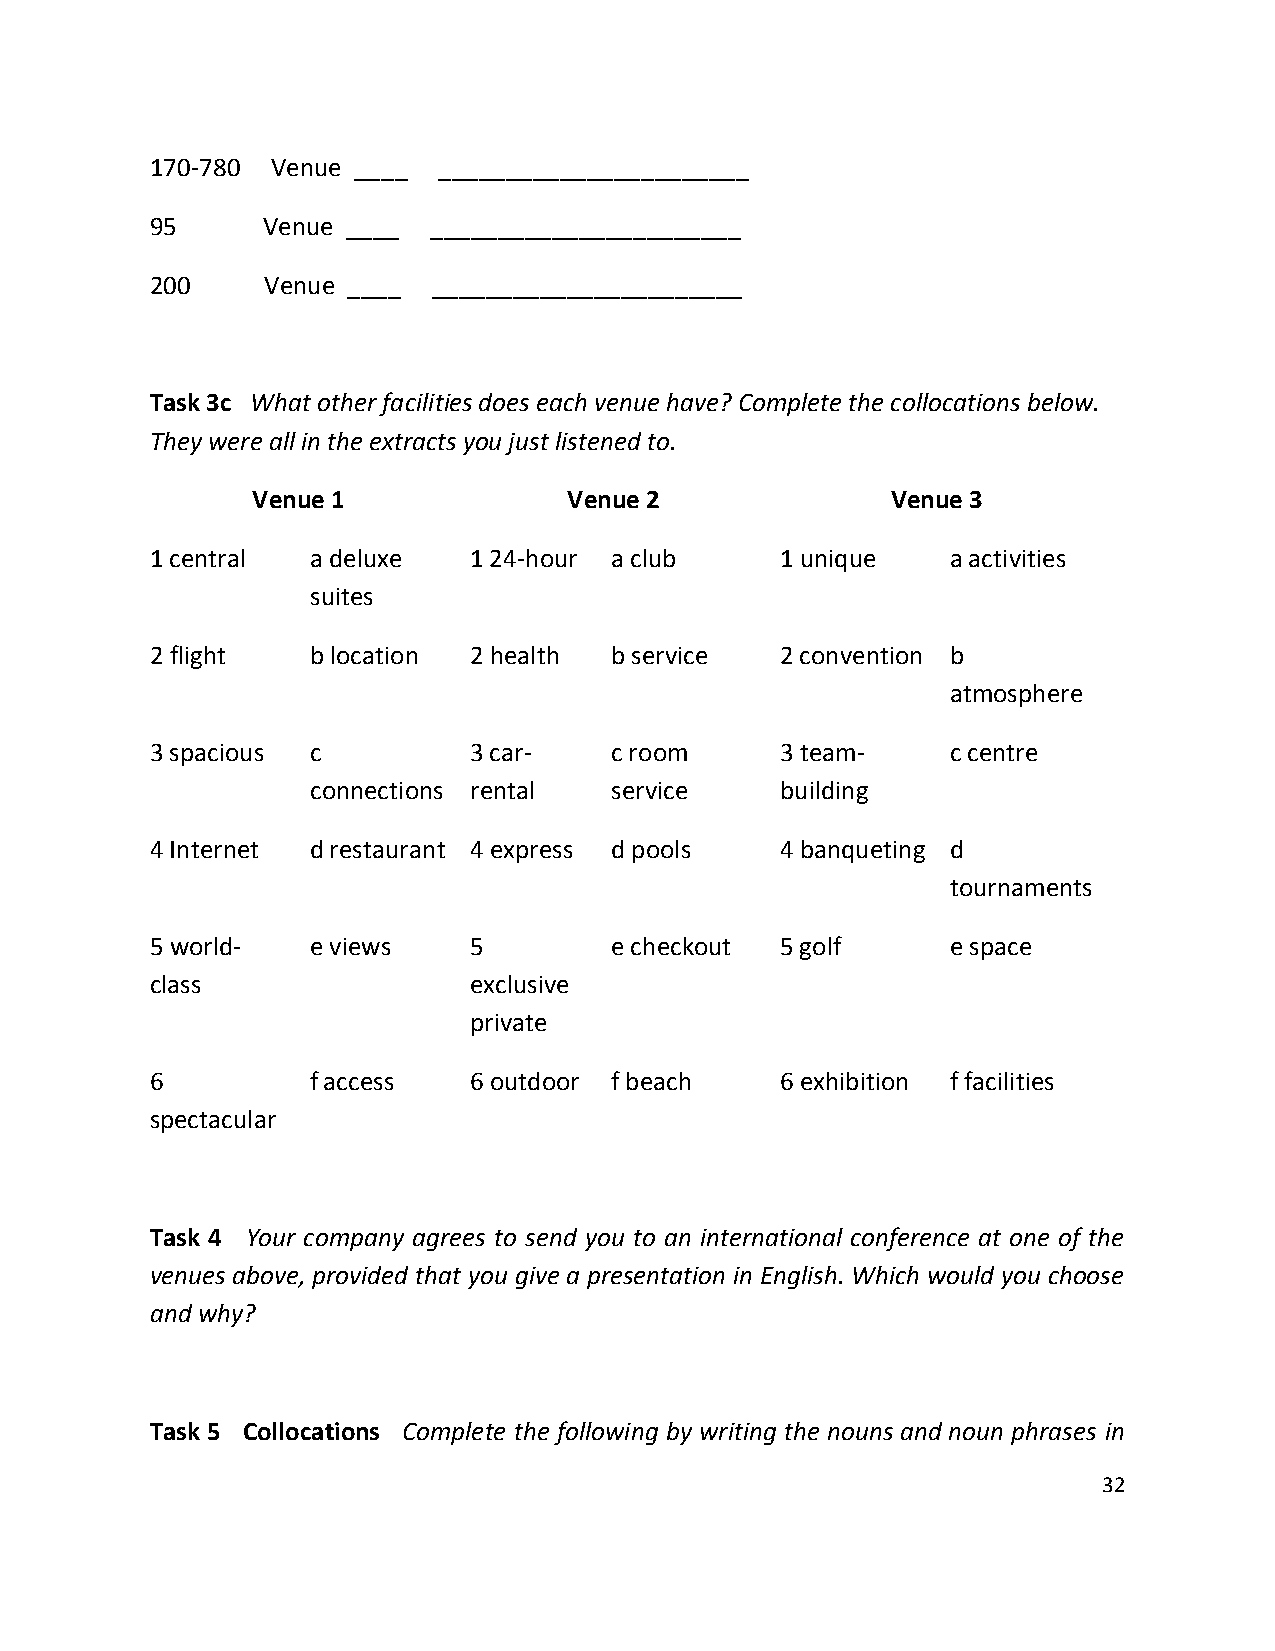
170-780 Venue ____ _______________________
 95     Venue ____ _______________________
 200     Venue ____ _______________________
 Task 3c What other facilities does each venue have? Complete the collocations below.
 They were all in the extracts you just listened to.
 Venue 1              Venue 2              Venue 3
 1 central  a deluxe  1 24-hour a club     1 unique   a activities
 suites
 2 flight   b location 2 health b service  2 convention b
 atmosphere
 3 spacious c         3 car-   c room      3 team-    c centre
 connections rental service     building
 4 Internet d restaurant 4 express d pools 4 banqueting d
 tournaments
 5 world-   e views   5        e checkout  5 golf     e space
 class                exclusive
 private
 6          f access  6 outdoor f beach    6 exhibition f facilities
 spectacular
 Task 4 Your company agrees to send you to an international conference at one of the
 venues above, provided that you give a presentation in English. Which would you choose
 and why?
 Task 5 Collocations Complete the following by writing the nouns and noun phrases in
 32